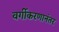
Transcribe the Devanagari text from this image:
वर्गीकरणानंतर